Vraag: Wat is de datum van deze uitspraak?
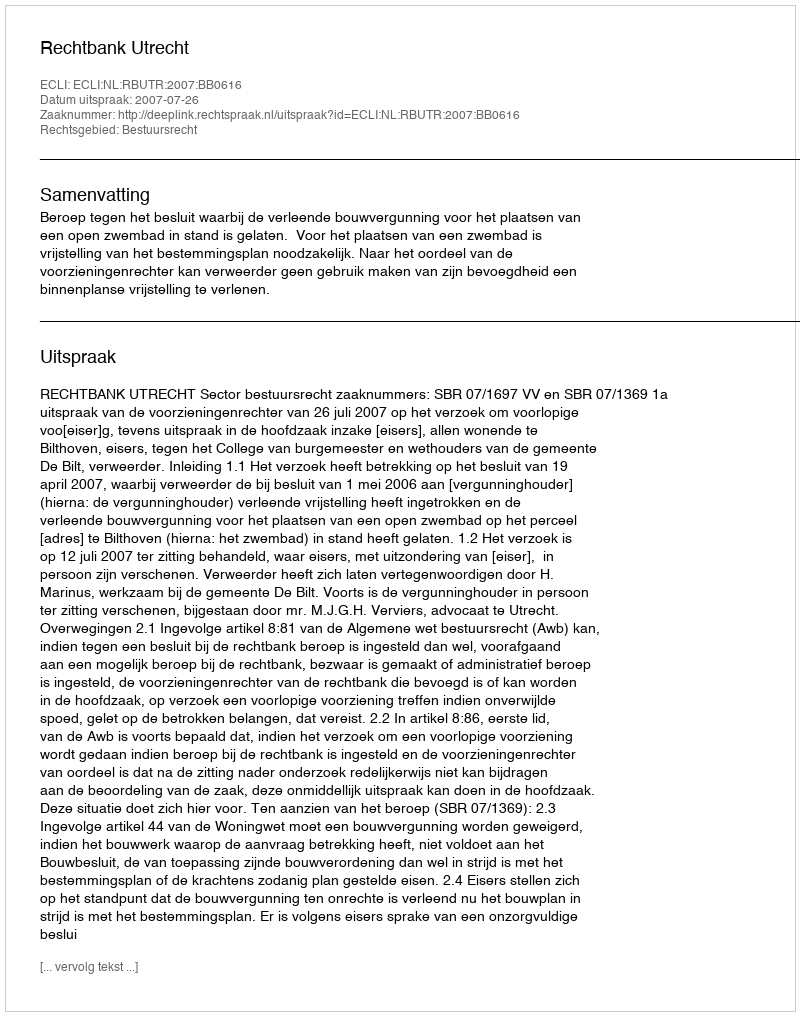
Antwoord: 2007-07-26